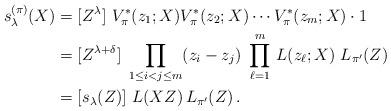
LaTeX: \begin{align*} s^{(\pi)}_\lambda(X) &= [Z^\lambda]\ V^*_\pi(z_1;X) V^*_\pi(z_2;X) \cdots V^*_\pi(z_m;X)\cdot 1 \cr &= [Z^{\lambda+\delta}]\ \prod_{1\le i<j\le m} (z_i-z_j)\ \prod_{\ell=1}^m\, L(z_\ell;X)\ L_{\pi'}(Z) \cr&= [s_\lambda(Z)] \ L(XZ)\,L_{\pi'}(Z) \,.\end{align*}